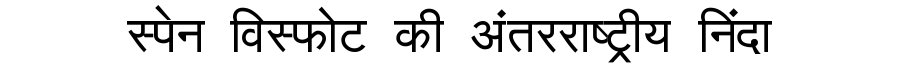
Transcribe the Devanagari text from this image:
स्पेन विस्फोट की अंतरराष्ट्रीय निंदा